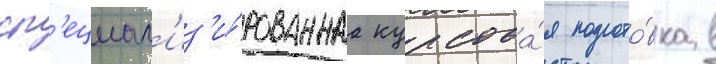
сп'ециал'из'и́рованнаа курсова́я подгото́вка в